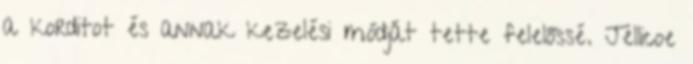
a korditot és annak kezelési módját tette felelőssé. Jellicoe